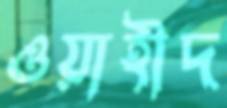
ওয়াহীদ